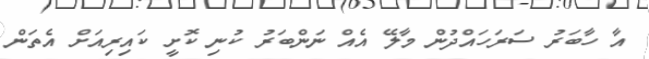
އާ ހާބަރު ސަރަހައްދުން މާލޭ އެއް ނަންބަރު ކުނި ކޮށީ ކައިރިއަށް އެތަން